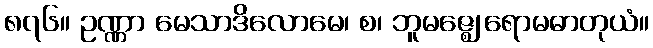
၈၇၆။ ဥဏ္ဏာ မေသာဒိလောမေ၊ စ၊ ဘူမဇ္ဈေ ရောမဓာတုယံ။